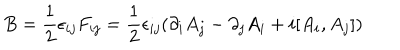
LaTeX: B = { \frac { 1 } { 2 } } \epsilon _ { i j } F _ { i j } = { \frac { 1 } { 2 } } \epsilon _ { i j } ( \partial _ { i } A _ { j } - \partial _ { j } A _ { i } + i [ A _ { i } , A _ { j } ] )